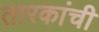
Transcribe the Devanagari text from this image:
तारकांची